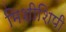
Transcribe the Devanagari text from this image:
मिशीशिपी